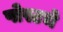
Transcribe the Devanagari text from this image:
पोस्टचे